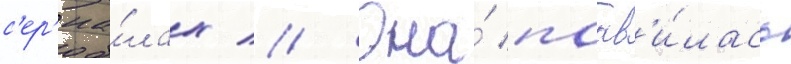
с'ер'иа́лах // Она́ поав'и́лась